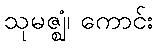
သုမဇ္ဈံ၊ ကောင်း